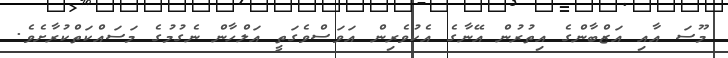
މޫސަ އާއި އަޒްބާންގެ އިތުރުން އޭނާގެ އެކުވެރިން އަވަސްވެގަތީ އަލްހާން ނެގުމުގެ މަސައްކަތްކުރާށެވެ.